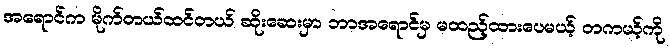
အရောင်က မိုက်တယ်ထင်တယ် ဆိုးဆေးမှာ ဘာအရောင်မှ မထည့်ထားပေမယ့် တကယ့်ကို